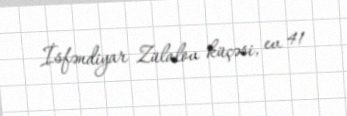
İsfəndiyar Zülalov küçəsi, ev 41